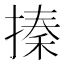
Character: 搸